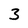
Character: 3